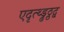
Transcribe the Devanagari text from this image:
एदृत्थ्ड्ढठ्ठद्व